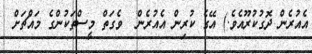
އެއުރެން ދޮގުކުރޫއެވެ.) އޭގެ ކުރިން އެއުރެން  ވެގަތް މީސްތަކުންގެ މައްޗަށް